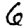
Digit: 6